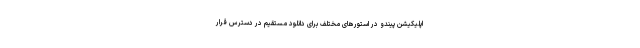
اپلیکیشن پیندو در استورهای مختلف برای دانلود مستقیم در دسترس قرار